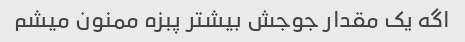
اگه یک مقدار جوجش بیشتر پبزه ممنون میشم